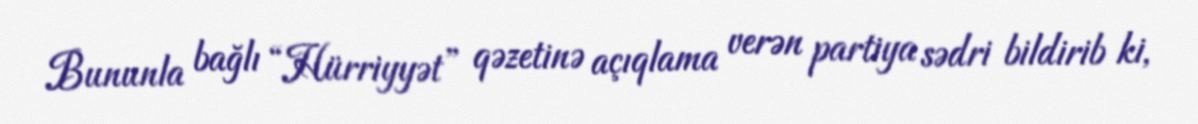
Bununla bağlı “Hürriyyət” qəzetinə açıqlama verən partiya sədri bildirib ki,